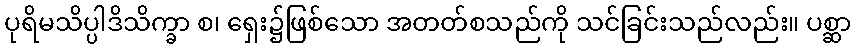
ပုရိမသိပ္ပါဒိသိက္ခာ စ၊ ရှေး၌ဖြစ်သော အတတ်စသည်ကို သင်ခြင်းသည်လည်း။ ပစ္ဆာ